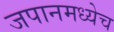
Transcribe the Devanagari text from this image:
जपानमध्येच